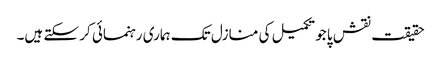
حقیقت نقش پا جو تکمیل کی منازل تک ہماری رہنمائی کر سکتے ہیں۔